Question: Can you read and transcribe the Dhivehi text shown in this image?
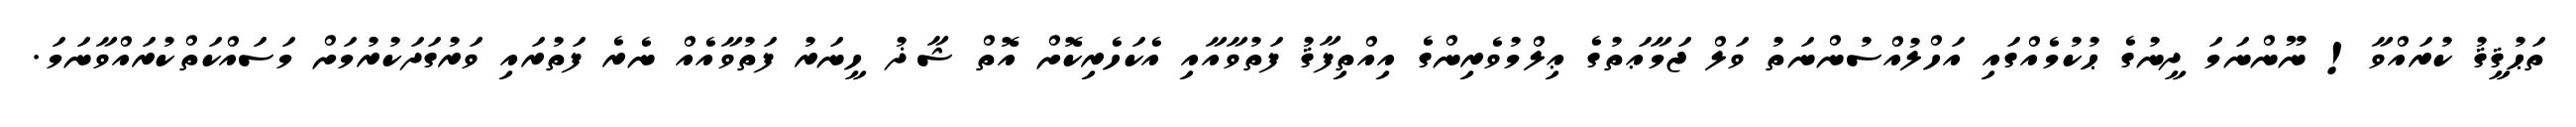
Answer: ތަޙުޤީޤު ކުރައްވާ! ނޫންނަމަ ދީނުގެ ޙުކުމެއްގައި އަހްލުއްސުންނަތު ވަލް ޖަމާޢަތުގެ ޢިލްމުވެރިންގެ އިއްތިފާޤު ފަތުވާއާއި އެކަހެރިކޮށް އޮތް ޝާޛު ހީނަރު ފަތުވާއެއް ނެރެ ފަތުރައި ވަރުގަދަކުރުމަށް މަސައްކަތްކުރައްވާނަމަ.